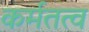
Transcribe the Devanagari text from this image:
कर्मतत्व